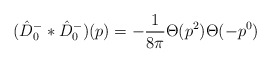
\begin{align*}(\hat{D}^-_0 \ast \hat{D}^-_0)(p)=-\frac{1}{8 \pi} \Theta(p^2) \Theta(-p^0)\end{align*}